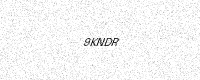
Text: 9KNDR